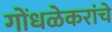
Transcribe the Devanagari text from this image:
गोंधळेकरांचे